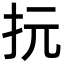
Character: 抏